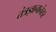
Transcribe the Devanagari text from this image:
तंत्रज्ञानानंतर